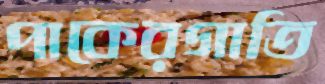
পাকেরগাতি